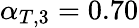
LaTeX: \alpha_{T,3}=0.70